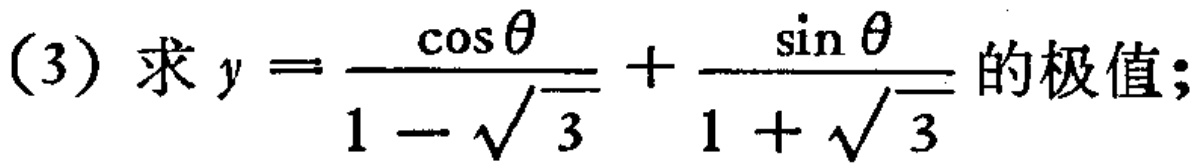
(3) 求 \(y = \frac{\cos\theta}{1 - \sqrt{3}} + \frac{\sin\theta}{1 + \sqrt{3}}\) 的极值;